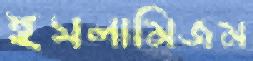
ইসলামিজম